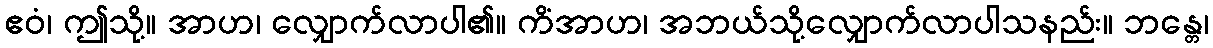
ဧဝံ၊ ဤသို့။ အာဟ၊ လျှောက်လာပါ၏။ ကိံအာဟ၊ အဘယ်သို့လျှောက်လာပါသနည်း။ ဘန္တေ၊